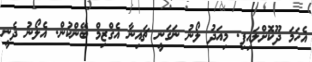
އެހަމަ ދޫކޮށްލައިފި. މިއަދު ލޯނު ނަގަނީ ޗައިނާ އެގްޒިމް ބޭންކުން. އެލޯނު ދެނީ